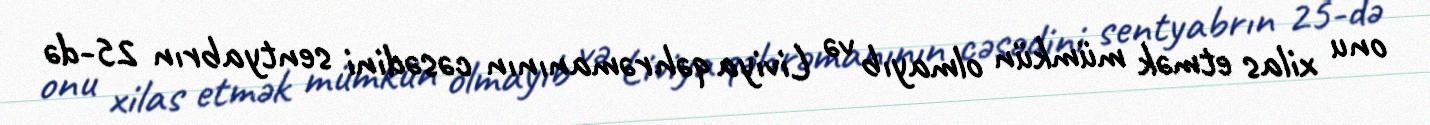
onu xilas etmək mümkün olmayıb və Liviya qəhrəmanının cəsədini sentyabrın 25-də